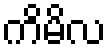
ကိမိလ